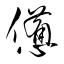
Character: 憊